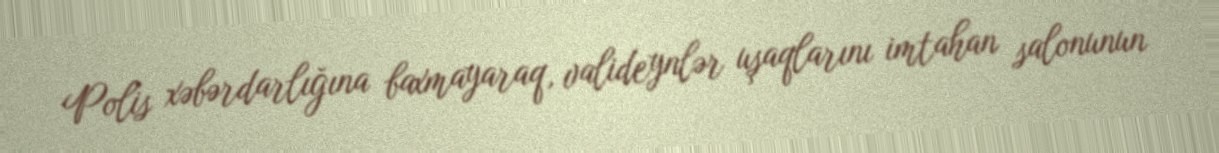
Polis xəbərdarlığına baxmayaraq, valideynlər uşaqlarını imtahan salonunun